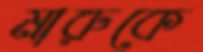
মারুকে